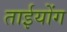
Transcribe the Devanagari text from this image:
ताईयोंग